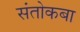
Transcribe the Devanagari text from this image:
संतोकबा